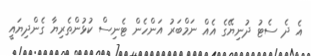
އެ ދެ ސެޓު ދުނިޔޭގެ އެއް ނަމްބަރު އަންހެން ޓެނިސް ކުޅުންތެރިޔާ ގެންދިޔައީ